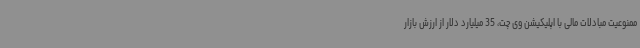
ممنوعیت مبادلات مالی با اپلیکیشن وی چت، 35 میلیارد دلار از ارزش بازار